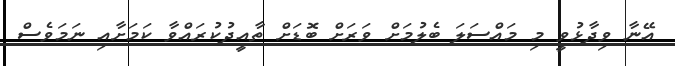
އޭނާ ވިދާޅުވީ މި މައްސަލަ ބެލުމަށް ވަރަށް ބޮޑަށް ތާއީދުކުރައްވާ ކަމަށާއި ނަމަވެސް